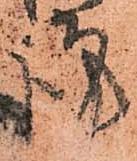
謹